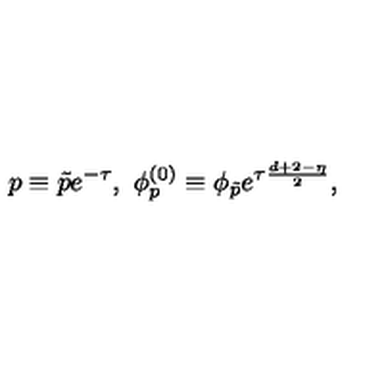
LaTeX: p \equiv \tilde { p } e ^ { - \tau } , \ \phi _ { p } ^ { ( 0 ) } \equiv \phi _ { \tilde { p } } e ^ { \tau \frac { d + 2 - \eta } { 2 } } ,